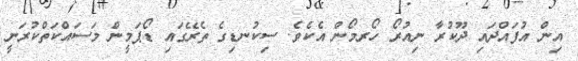
އިން އުފައްދައި ދޫކުރާ ނިއުރޯ ހޯރމޯން އެކެވެ. ސިކުނޑިގެ ތެރޭގައި ޑޯޕަމީން މަސައްކަތްކުރަނީ